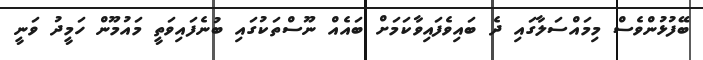
ބޭފުޅުންވެސް މިމައްސަލާގައި ދެ ބައިވެފައިވާކަމަށް ބައެއް ނޫސްތަކުގައި ބުނެފައިވަތީ މައުމޫން ހަމީދު ވަނީ